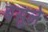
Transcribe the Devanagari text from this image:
बसूले